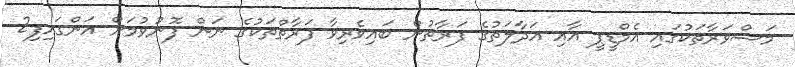
މަޝްވަރާތަކުގައި އެމްޑީޕީ އާއި އަދާލަތުގެ ފަރާތުން ބައިވެރިވާ ފަރާތްތަކުގެ ނަން ފޮނުވުމަށް އަންގައިފި2